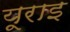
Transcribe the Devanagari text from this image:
यूराइ